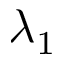
\lambda _ { 1 }